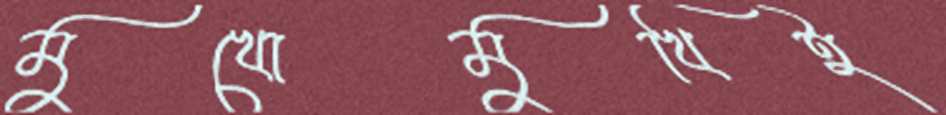
মুখোমুখিই